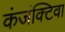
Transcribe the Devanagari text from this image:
कंजंक्टिवा